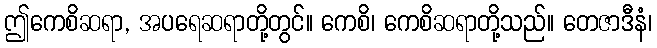
ဤကေစိဆရာ, အပရေဆရာတို့တွင်။ ကေစိ၊ ကေစိဆရာတို့သည်။ တေဇာဒီနံ၊